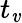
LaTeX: t_{\mathit{v}}